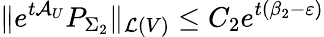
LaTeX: \Vert e^{t\mathcal{A}_{U}}P_{\Sigma_{2}}\Vert_{\mathcal{L}(V)}\leq C_{2}e^{t(\beta_{2}-\varepsilon)}